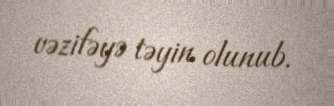
vəzifəyə təyin olunub.